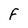
Character: F